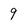
Character: 9